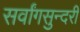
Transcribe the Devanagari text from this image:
सर्वांगसुन्दरी